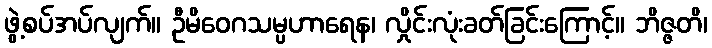
ဖွဲ့စပ်အပ်လျက်။ ဦမိဝေဂသမ္ပဟာရေန၊ လှိုင်းလုံးခတ်ခြင်းကြောင့်။ ဘိဇ္ဇတိ၊